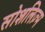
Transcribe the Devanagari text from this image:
सोशलिज़्म